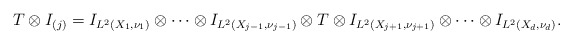
\begin{align*}T\otimes I_{(j)}=I_{L^2(X_1,\nu_1)}\otimes \cdots \otimes I_{L^2(X_{j-1},\nu_{j-1})}\otimes T\otimes I_{L^2(X_{j+1},\nu_{j+1})} \otimes \cdots \otimes I_{L^2(X_d,\nu_d)}.\end{align*}